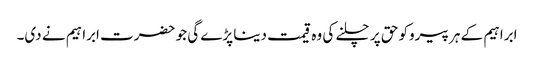
ابراہیم کے ہر پیروکو حق پر چلنے کی وہ قیمت دینا پڑے گی جو حضرت ابراہیم نے دی۔